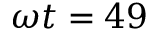
\omega t = 4 9